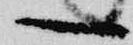
一